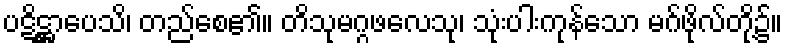
ပဋိဋ္ဌာပေသိ၊ တည်စေ၏။ တိသုမဂ္ဂဖလေသု၊ သုံးပါးကုန်သော မဂ်ဖိုလ်တို့၌။